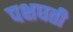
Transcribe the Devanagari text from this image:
पक्षघती